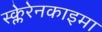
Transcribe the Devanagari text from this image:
स्क्लेरेनकाइमा